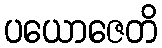
ပယောဇေတိ